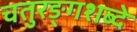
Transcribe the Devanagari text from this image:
चतुरङ्गशब्दे